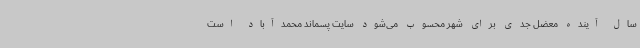
سال آینده معضل جدی برای شهر محسوب می‌شود سایت پسماند محمدآباد است